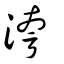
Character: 洿